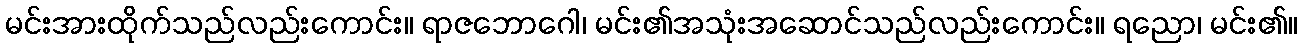
မင်းအားထိုက်သည်လည်းကောင်း။ ရာဇဘောဂေါ၊ မင်း၏အသုံးအဆောင်သည်လည်းကောင်း။ ရညော၊ မင်း၏။